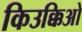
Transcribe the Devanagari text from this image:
किउक्किओ